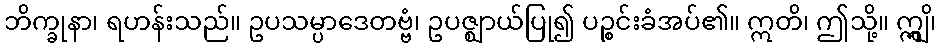
ဘိက္ခုနာ၊ ရဟန်းသည်။ ဥပသမ္ပာဒေတဗ္ဗံ၊ ဥပဇ္ဈာယ်ပြု၍ ပဉ္စင်းခံအပ်၏။ ဣတိ၊ ဤသို့။ ဣျွှိ၊